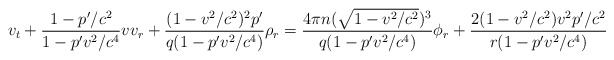
\begin{align*}\displaystyle v_{t}+\frac{1-{p}^{\prime}/c^{2}}{1-{p}^{\prime}v^{2}/c^{4}}vv_{r}+\frac{(1-v^{2}/c^{2})^{2}{p}^{\prime}}{q(1-{p}^{\prime}v^{2}/c^{4})}\rho_{r}=\frac{4\pi n(\sqrt{1-v^{2}/c^{2}})^{3}}{q(1-{p}^{\prime}v^{2}/c^{4})}\phi_{r}+\frac{2(1-v^{2}/c^{2})v^{2}{p}^{\prime}/c^{2}}{r(1-{p}^{\prime}v^{2}/c^{4})} \end{align*}